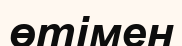
өтімен